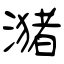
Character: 潴